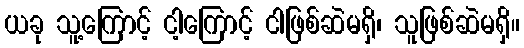
ယခု သူ့ကြောင့် ငါ့ကြောင့် ငါဖြစ်ဆဲမရှိ၊ သူဖြစ်ဆဲမရှိ။